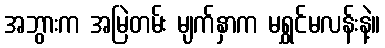
အဘွားက အမြဲတမ်း မျက်နှာက မရွှင်မလန်းနဲ့။